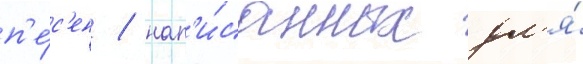
п'е́с'ен / нап'и́санных дл'я́